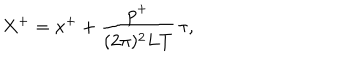
LaTeX: X ^ { + } = x ^ { + } + \frac { p ^ { + } } { ( 2 \pi ) ^ { 2 } L T } \, \tau ,